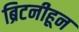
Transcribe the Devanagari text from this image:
ब्रिटनीहून